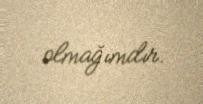
olmağımdır.